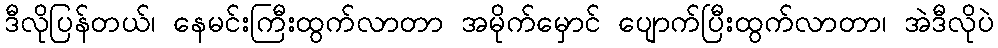
ဒီလိုပြန်တယ်၊ နေမင်းကြီးထွက်လာတာ အမိုက်မှောင် ပျောက်ပြီးထွက်လာတာ၊ အဲဒီလိုပဲ